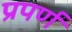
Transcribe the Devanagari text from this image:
प्रपर्ण